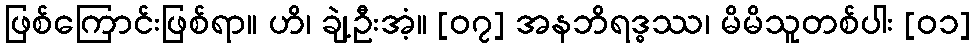
ဖြစ်ကြောင်းဖြစ်ရာ။ ဟိ၊ ချဲ့ဦးအံ့။ [၀၇] အနဘိရဒ္ဓဿ၊ မိမိသူတစ်ပါး [၀၁]